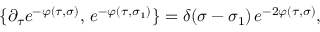
\{ \partial _ { \tau } e ^ { - \varphi ( \tau , \sigma ) } , \, e ^ { - \varphi ( \tau , \sigma _ { 1 } ) } \} = \delta ( \sigma - \sigma _ { 1 } ) \, e ^ { - 2 \varphi ( \tau , \sigma ) } ,